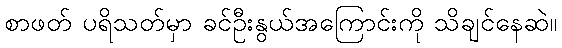
စာဖတ် ပရိသတ်မှာ ခင်ဦးနွယ်အကြောင်းကို သိချင်နေဆဲ။